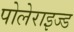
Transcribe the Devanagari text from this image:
पोलेराइज्ड